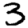
Digit: 3